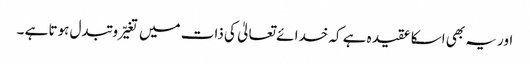
اور یہ بھی اسکا عقیدہ ہے کہ خدا ئے تعالیٰ کی ذات میں تغیّر و تبدل ہوتا ہے ۔